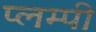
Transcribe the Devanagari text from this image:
प्लम्पी